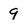
Character: 9